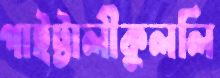
পাইট্টালীকুললি